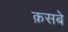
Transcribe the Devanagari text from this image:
क़सबे